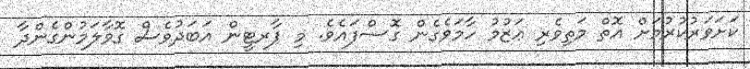
ކަށަވަރުކުރުމަށް އޮތް މަތިވެރި ޢަޒުމު ހާމަވެގެން ގޮސްފައެވެ. މި ޕާރޓީން އަބަދުވެސް ގޮވާލަމުންގެންދާ